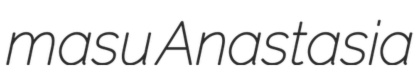
masu Anastasia